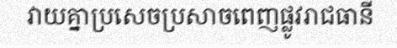
វាយគ្នាប្រសេចប្រសាចពេញផ្លូវរាជធានី